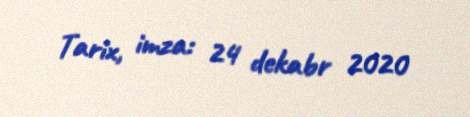
Tarix, imza: 24 dekabr 2020